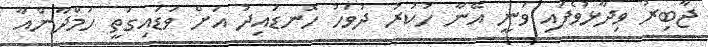
ޖާބިރު ވިދާޅުވެފައި ވަނީ އޭނާ ހުކުރު ދުވަހު ހޮނޑައިދު އަށް ވަޑައިގަތީ ހަމްދާންއާ